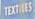
textiles